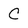
Character: C